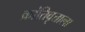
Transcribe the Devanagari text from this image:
क्रांतिवृत्ताला